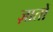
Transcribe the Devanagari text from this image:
ज़ातों